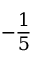
- \frac { 1 } { 5 }